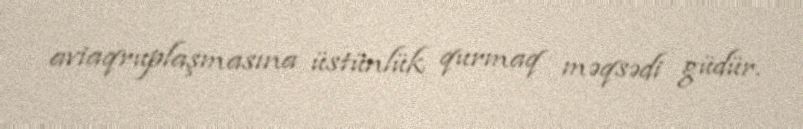
aviaqruplaşmasına üstünlük qurmaq məqsədi güdür.